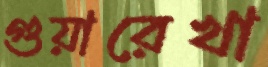
গুয়ারেখা